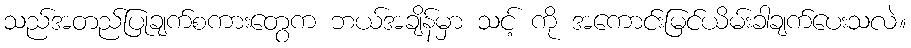
သည်အတည်ပြုချက်စကားတွေက ဘယ်အချိန်မှာ သင့် ကို အကောင်းမြင်ယိမ်းခါချက်ပေးသလဲ။